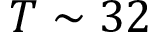
T \sim 3 2